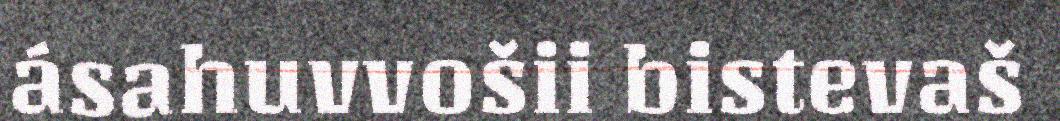
ásahuvvošii bistevaš